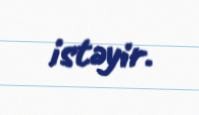
istəyir.